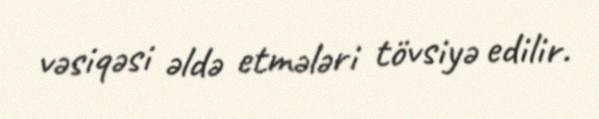
vəsiqəsi əldə etmələri tövsiyə edilir.